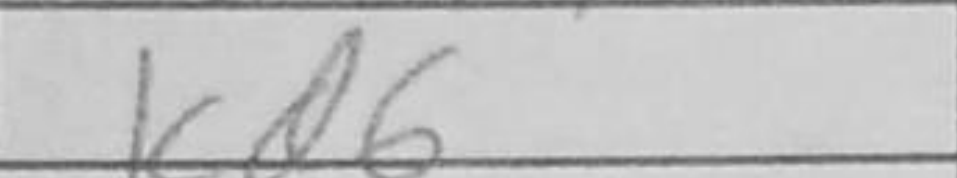
Transcription: Kd6